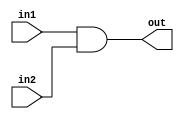
module myand (in1, in2, out);
	input in1, in2;
	output out;

	assign out = in1 & in2;

endmodule